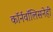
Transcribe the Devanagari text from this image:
कॉर्नवॉलिसनेही